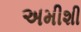
અમીશી